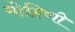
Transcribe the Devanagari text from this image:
मोहिणी